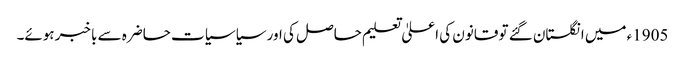
1905ء میں انگلستان گئے تو قانون کی اعلیٰ تعلیم حاصل کی اور سیاسیات حاضرہ سے باخبر ہوئے۔